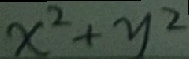
x ^ { 2 } + y ^ { 2 }